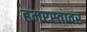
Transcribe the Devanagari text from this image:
हमरस्तावर